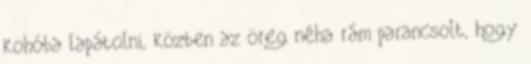
kohóba lapátolni, közben az öreg néha rám parancsolt, hogy